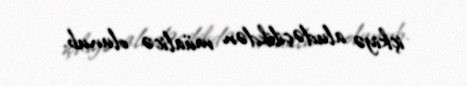
içkiyə aludəçilikdən müalicə olunub.